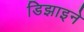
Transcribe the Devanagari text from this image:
डिझाइने